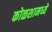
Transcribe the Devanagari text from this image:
कोळशामध्ये